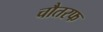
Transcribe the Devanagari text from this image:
चौतरफ